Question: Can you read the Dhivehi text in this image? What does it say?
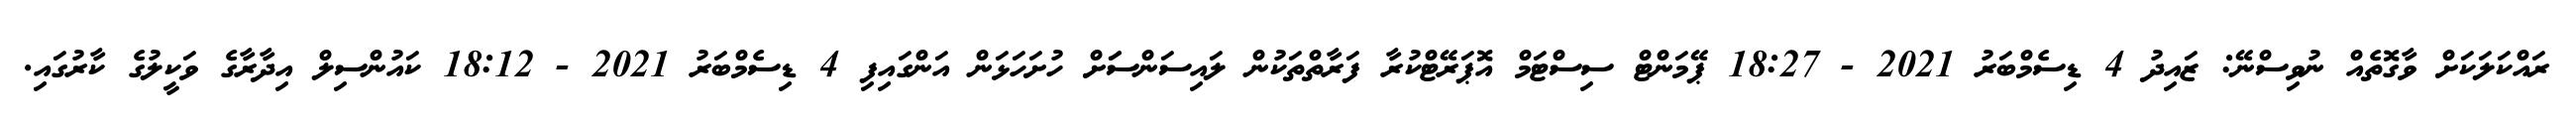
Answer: ރައްކަލަކަށް ވާގޮތެއް ނުވިސްނޭ: ޒައިދު 4 ޑިސެމްބަރު 2021 - 18:27 ޕޭމަންޓް ސިސްޓަމް އޮޕަރޭޓްކުރާ ފަރާތްތަކުން ލައިސަންސަަށް ހުށަހަޅަން އަންގައިފި 4 ޑިސެމްބަރު 2021 - 18:12 ކައުންސިލް އިދާރާގެ ވަކީލުގެ ކާރުގައި.